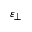
\varepsilon _ { \perp }